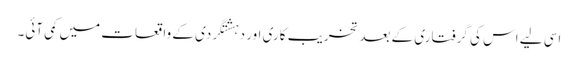
اسی لیے اس کی گرفتاری کے بعد تخریب کاری اور دہشتگردی کے واقعات میں کمی آئی۔